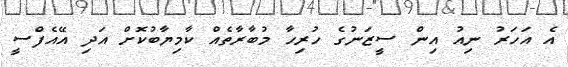
އެ އަހަރު ނިއު އިން ސީޒަނުގެ ހުރިހާ މުބާރާތެއް ކާމިޔާބުކޮށް އަދި އޭއެފްސީ